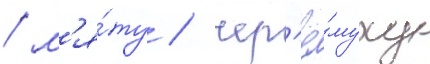
/ м'я́ту / чер'ё́муху